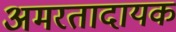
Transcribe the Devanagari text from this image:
अमरतादायक